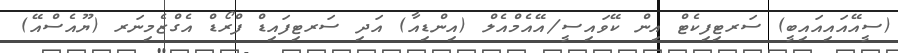
(ސީއޭއައިއައިބީ) ސަރޓިފިކެޓް އިން ކޭވައިސީ/އޭއެމްއެލް (އިންޑިއާ) އަދި ސަރޓިފައިޑް ފްރޯޑް އެގްޒެމިނަރ (ޔޫއެސްއޭ)